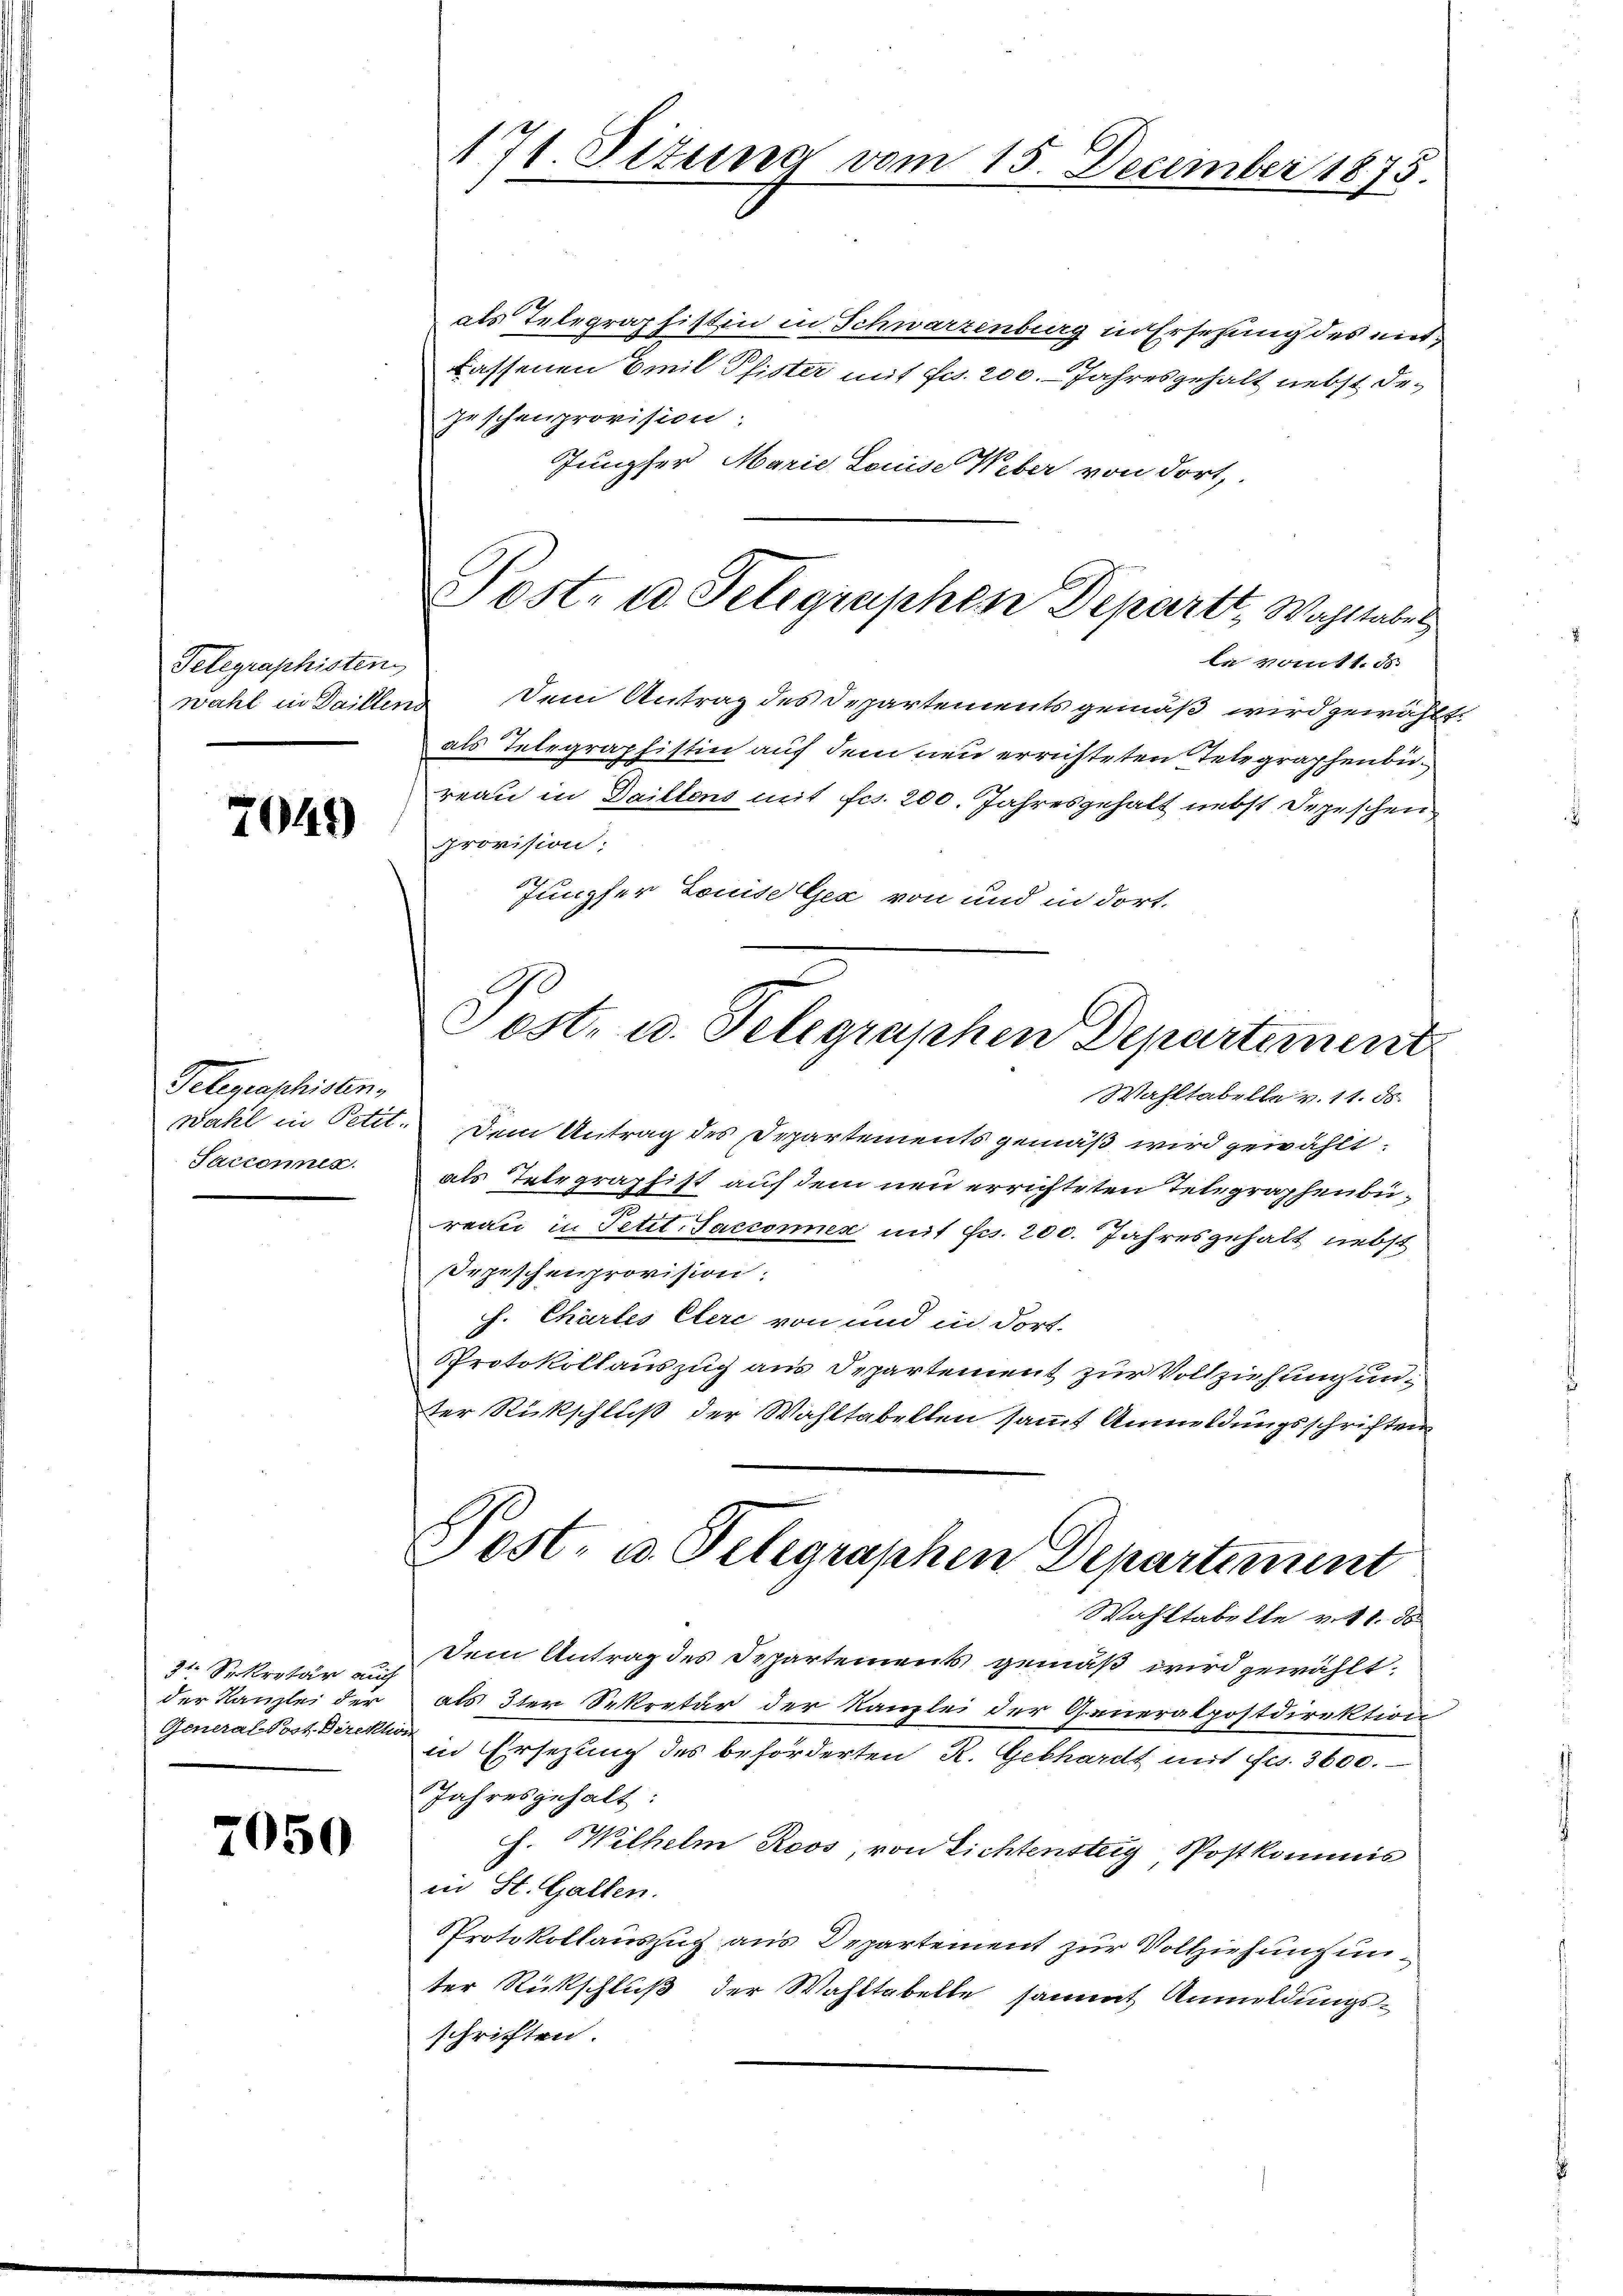
Telegraphisten

7049)

Telegenschisten.
Wahl in Petit.
Sacconen.

3t Sekretär auf
der Kanzlei der
General-Post. Direkt

7050

171 Situng vom 15. December 1875.

als Telegraphistin in Schwarzenburg in Ersehung des mit¬
Lassenen Emil Pfister mit Fr. 200. Jahresgehalt nebst degeschenprovision:
Jungfer Marie Louise Weber von dort,

Post- u. Telegraphen Departt, Wohltabes

le vom 1. ds.
wahl in Daillend Dem Antrag des Departements gemäß wird gewählt.
als Telegraphistin auf dem neu errichteten Telegraphenbureau in Daillens mit fcs. 200. Jahresgehalt nebst Depeschen
provision:
Jungfer Louise Gex von und in dort.

Post- u. Telegraphen Departement

Wahltabelle v. 11. ds.
Dem Antrag des Departements gemäß wird gewählt:
als Telegraphist auf dem neu errichteten Telegraphenbüreau in Petit-Saccormen mit Frs. 200. Jahresgehalt nebst
epischenprovision:
h. Chartes Clere von und in dort.
PProtokollauszug aus Departement zur Vollziehung unter Rückschluß der Wahltabellen sammt Anmeldungsschriften
Dein Antrag des Departements gemäß wird gewählt.
als 3ten Sekretär der Kanzlei der Generalpostdirektion
in Ersezung des beförderten R. Gebhardt mit Fr. 3600.
Jahresgehalt
h. Wilhelm Roos, von Lichtensteig, Postkommis
in St. Gallen.
Protokollauszug aus Departement zur Vollziehung unter Rückschluß der Wahltabelle sammt Anmeldungsschriften.

Post- u. Telegraphen Departement
Wahltabelle v. 11. de